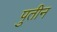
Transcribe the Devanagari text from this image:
पुतीन